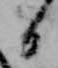
日